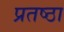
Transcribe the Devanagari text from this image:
प्रतष्ठा